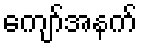
ကျော်အနက်